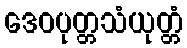
ဒေဝပုတ္တသံယုတ္တံ